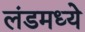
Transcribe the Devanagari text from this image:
लंडमध्ये